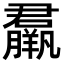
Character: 𦢱